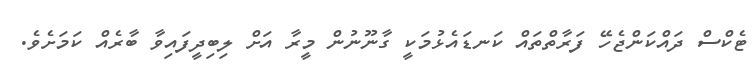
ޓެކްސް ދައްކަންޖެހޭ ފަރާތްތައް ކަނޑައެޅުމަކީ ގާނޫނުން މީރާ އަށް ލިބިދީފައިވާ ބާރެއް ކަމަށެވެ.